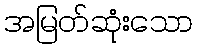
အမြတ်ဆုံးသော